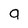
Character: 9